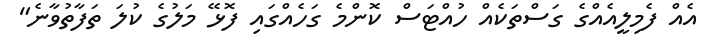
އެއް ފެމިލީއެއްގެ ގަސްތަކެއް ހުއްޓަސް ކޮންމެ ގަހެއްގައި ފޮޅޭ މަލުގެ ކުލަ ތަފާތުވާނެ"